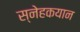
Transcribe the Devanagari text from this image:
स्नेहकयान